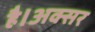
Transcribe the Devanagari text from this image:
है।अक्सर